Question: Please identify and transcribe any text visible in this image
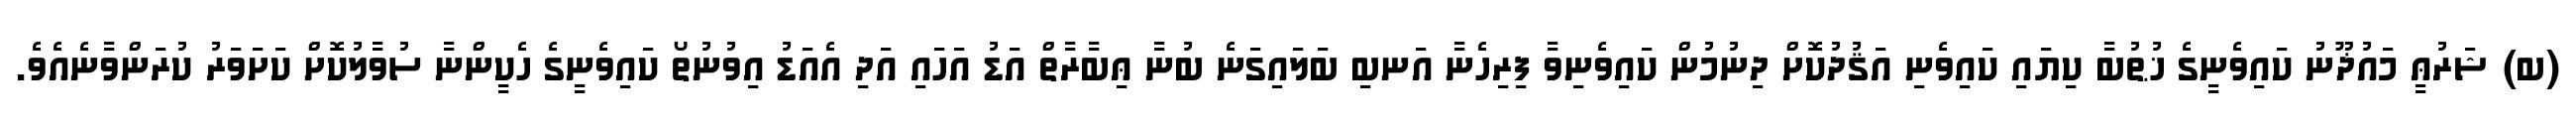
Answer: (ބ) ޝަރުޢީ މައުޛޫނު ކައިވެނީގެ ޚުޠުބާ ކިޔައި ކައިވެނި އަޤުދުކޮށް ދިނުމުން ކައިވެނިވާ ފިރިހެނާ އަނބި ބަލައިގަނެ ބުނާ ޢިބާރާތް އަޑު އަހައި އަދި އެއަޑު އިވުނުތޯ ކައިވެނީގެ ހެކީންނާ ސުވާލުކޮށް ކަށަވަރު ކުރަންވާނެއެވެ.